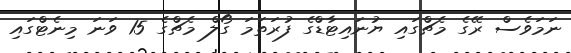
ނަމަވެސް ރޭގެ މެޗްގައި ޔުނައިޓާޑްގެ ފުރަތަމަ ގޯލް މެޗްގެ 15 ވަނަ މިނެޓްގައި